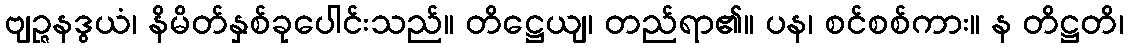
ဗျဉ္ဇနဒွယံ၊ နိမိတ်နှစ်ခုပေါင်းသည်။ တိဋ္ဌေယျ၊ တည်ရာ၏။ ပန၊ စင်စစ်ကား။ န တိဋ္ဌတိ၊